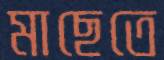
মাছেতে